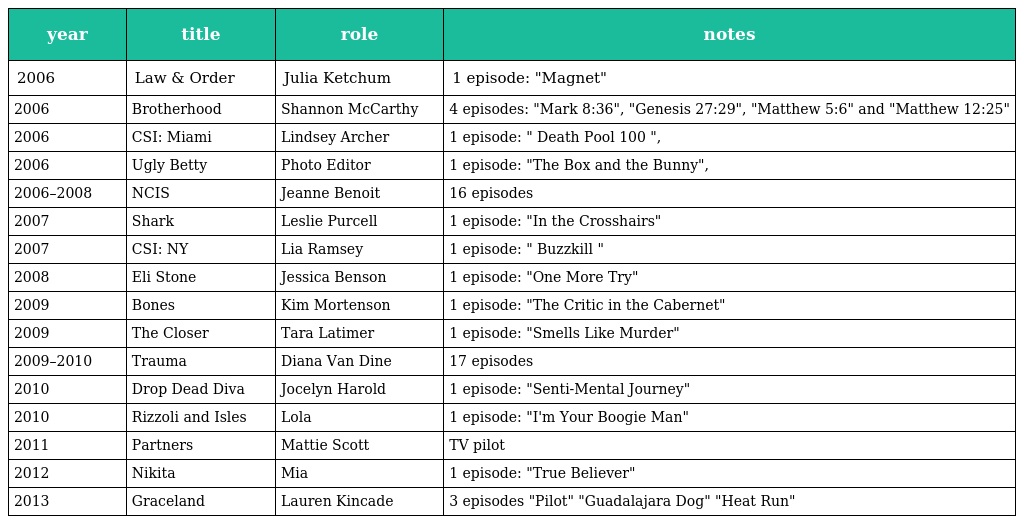
| year | title | role | notes |
 | --- | --- | --- | --- |
 | 2006 | Law & Order | Julia Ketchum | 1 episode: "Magnet" |
 | 2006 | Brotherhood | Shannon McCarthy | 4 episodes: "Mark 8:36", "Genesis 27:29", "Matthew 5:6" and "Matthew 12:25" |
 | 2006 | CSI: Miami | Lindsey Archer | 1 episode: " Death Pool 100 ", |
 | 2006 | Ugly Betty | Photo Editor | 1 episode: "The Box and the Bunny", |
 | 2006–2008 | NCIS | Jeanne Benoit | 16 episodes |
 | 2007 | Shark | Leslie Purcell | 1 episode: "In the Crosshairs" |
 | 2007 | CSI: NY | Lia Ramsey | 1 episode: " Buzzkill " |
 | 2008 | Eli Stone | Jessica Benson | 1 episode: "One More Try" |
 | 2009 | Bones | Kim Mortenson | 1 episode: "The Critic in the Cabernet" |
 | 2009 | The Closer | Tara Latimer | 1 episode: "Smells Like Murder" |
 | 2009–2010 | Trauma | Diana Van Dine | 17 episodes |
 | 2010 | Drop Dead Diva | Jocelyn Harold | 1 episode: "Senti-Mental Journey" |
 | 2010 | Rizzoli and Isles | Lola | 1 episode: "I'm Your Boogie Man" |
 | 2011 | Partners | Mattie Scott | TV pilot |
 | 2012 | Nikita | Mia | 1 episode: "True Believer" |
 | 2013 | Graceland | Lauren Kincade | 3 episodes "Pilot" "Guadalajara Dog" "Heat Run" |